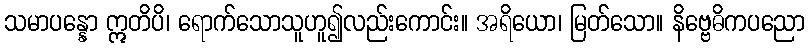
သမာပန္နော ဣတိပိ၊ ရောက်သောသူဟူ၍လည်းကောင်း။ အရိယော၊ မြတ်သော။ နိဗ္ဗေဓိကပညော